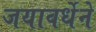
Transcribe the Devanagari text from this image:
जयावर्धेने